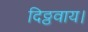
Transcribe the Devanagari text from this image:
दिठ्ठवाय।